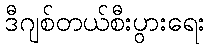
ဒီဂျစ်တယ်စီးပွားရေး